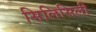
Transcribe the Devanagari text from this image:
सिलिसिली